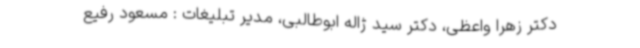
دکتر زهرا واعظی، دکتر سید ژاله ابوطالبی، مدیر تبلیغات : مسعود رفیع